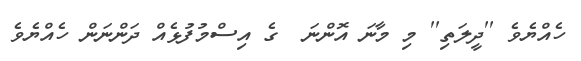
ހެއްޔެވެ ''ދީލަތި'' މި މާނަ އޮންނަ  ގެ އިސްމުފުޅެއް ދަންނަން ހެއްޔެވެ